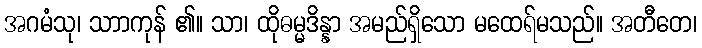
အဂမံသု၊ သာာကုန် ၏။ သာ၊ ထိုဓမ္မဒိန္နာ အမည်ရှိသော မထေရ်မသည်။ အတီတေ၊